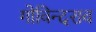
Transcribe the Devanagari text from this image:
गोविन्दराव